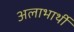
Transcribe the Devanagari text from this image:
अलाभार्थी